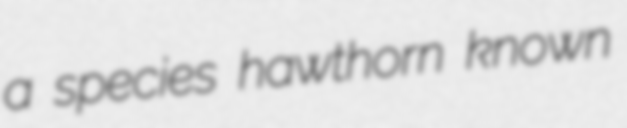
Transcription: a species hawthorn known